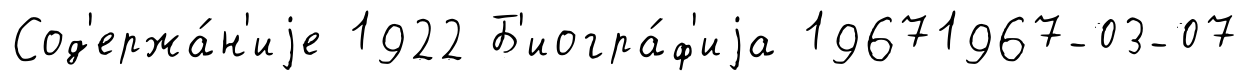
Сод'ержа́н'иjе 1922 Б'иогра́ф'иjа 19671967-03-07